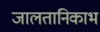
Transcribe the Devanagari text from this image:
जालतानिकाभ